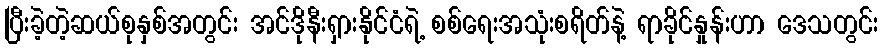
ပြီးခဲ့တဲ့ဆယ်စုနှစ်အတွင်း အင်ဒိုနီးရှားနိုင်ငံရဲ့ စစ်ရေးအသုံးစရိတ်နဲ့ ရာခိုင်နှုန်းဟာ ဒေသတွင်း